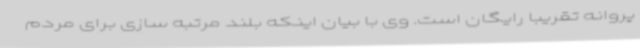
پروانه تقریبا رایگان است. وی با بیان اینکه بلند مرتبه سازی برای مردم